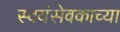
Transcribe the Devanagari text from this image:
स्वयंसेवकाच्या